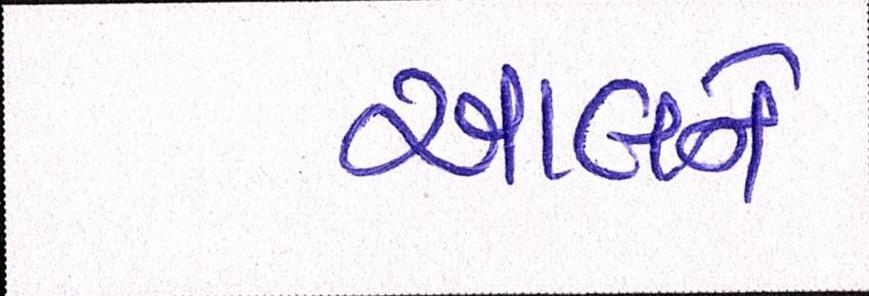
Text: આલને